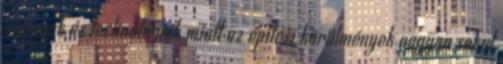
anyagok és technológiák miatt az építési körülmények nagyon sokat